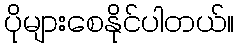
ပိုများစေနိုင်ပါတယ်။